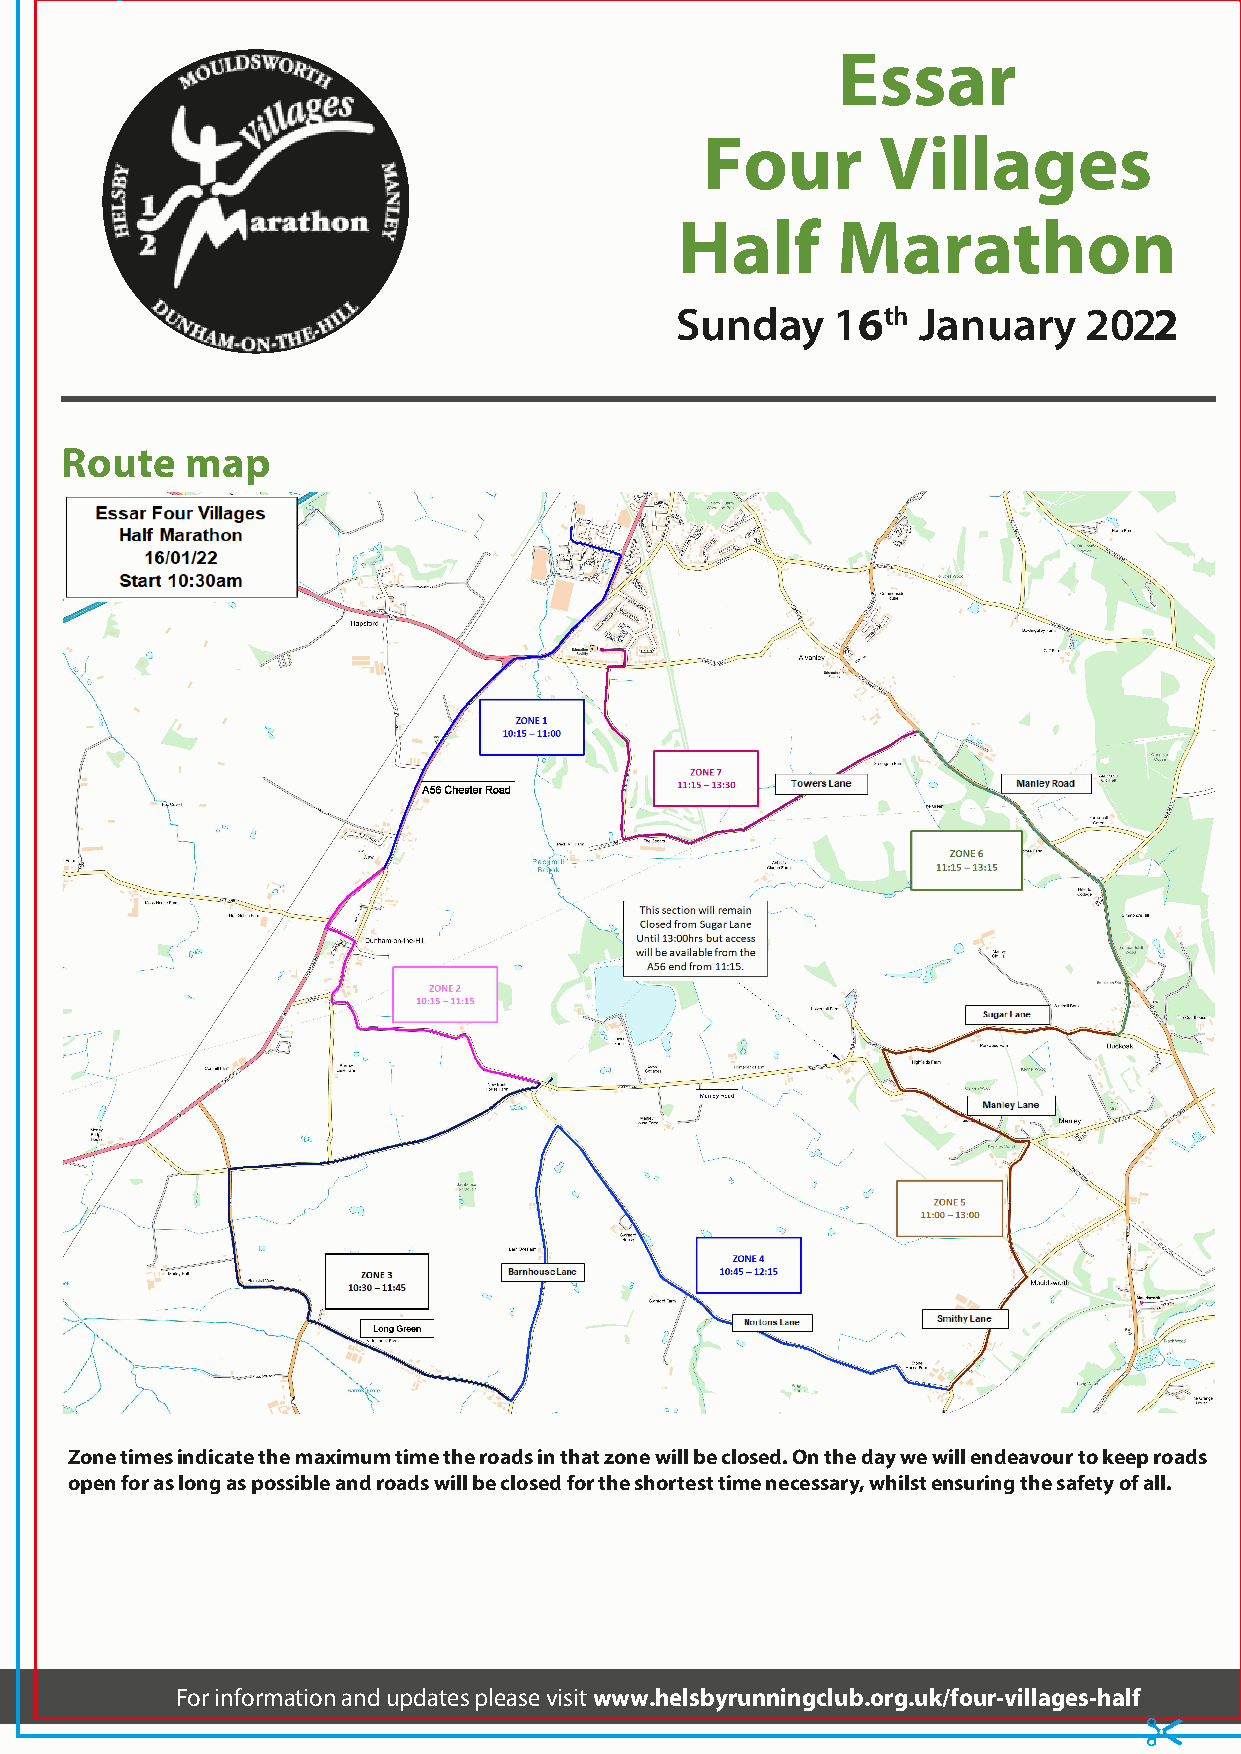
&
 Essar
 Four        Villages
 Half      Marathon
 Sunday    16th  January    2022
 Route   map
 Zone times indicate the maximum time the roads in that zone will be closed. On the day we will endeavour to keep roads
 open for as long as possible and roads will be closed for the shortest time necessary, whilst ensuring the safety of all.
 For informat ion and updates please visit www.helsbyrunningclub.org.uk/four-villages-half
 &